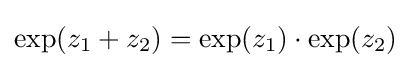
\exp(z_{1}+z_{2})=\exp(z_{1})\cdot \exp(z_{2})